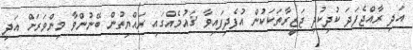
އަދި ރާއްޖެފަދަ ކުދިކުދި ޖަޒީރާތަކަކުން އުފެދިފައިވާ ޤައުމެއްގައި ރައްޔިތުން ބޭނުންވާ މިންވަރަށް އަދި